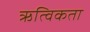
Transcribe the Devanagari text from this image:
ऋत्विकता